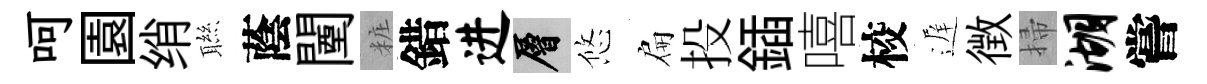
呵園绡聮蔭闉粧錯进層悠扁投鍤嘻校遅徴掃湖嘗